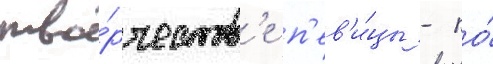
тво́рчеств'е п'ев'и́цы - по́